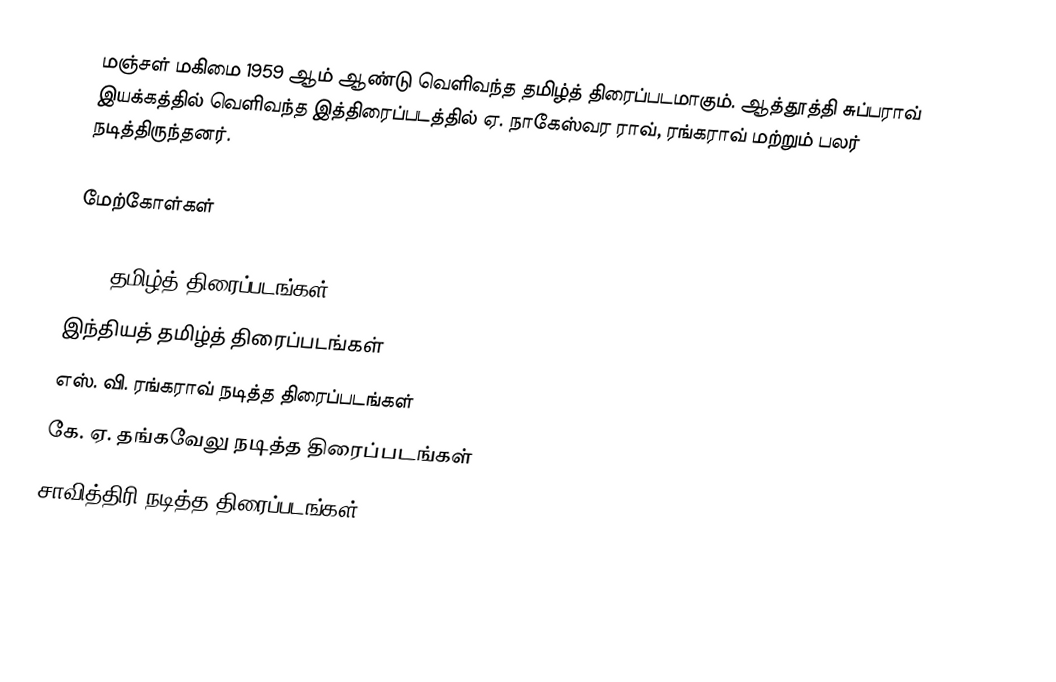
மஞ்சள் மகிமை 1959 ஆம் ஆண்டு வெளிவந்த தமிழ்த் திரைப்படமாகும். ஆத்தூத்தி சுப்பராவ் இயக்கத்தில் வெளிவந்த இத்திரைப்படத்தில் ஏ. நாகேஸ்வர ராவ், ரங்கராவ் மற்றும் பலர் நடித்திருந்தனர்.

மேற்கோள்கள்

1959 தமிழ்த் திரைப்படங்கள்
இந்தியத் தமிழ்த் திரைப்படங்கள்
எஸ். வி. ரங்கராவ் நடித்த திரைப்படங்கள்
கே. ஏ. தங்கவேலு நடித்த திரைப்படங்கள்
சாவித்திரி நடித்த திரைப்படங்கள்